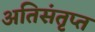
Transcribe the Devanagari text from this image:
अतिसंतृप्त